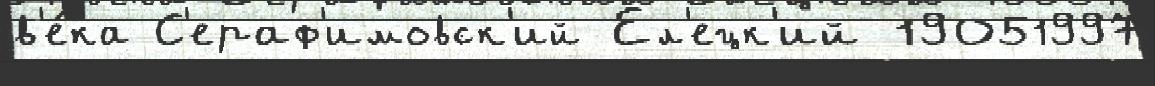
в'е́ка С'ераф'имовск'ий Ел'ецк'ий 19051997